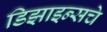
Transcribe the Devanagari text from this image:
डिझाइन्सचे